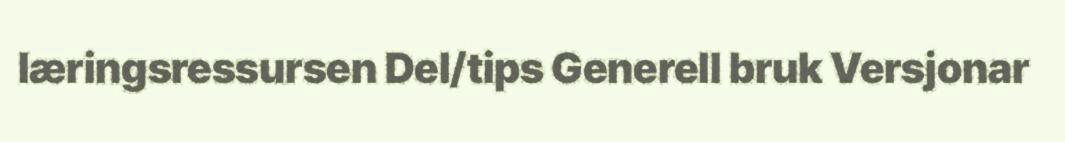
læringsressursen Del/tips Generell bruk Versjonar